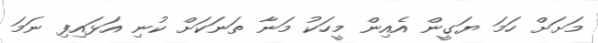
މަށަށް ހަމަ ޔަގީން އެއިން މީހަކު މަނާ ތަނަކަށް ކުނި އަޅައިފި ނަމަ